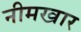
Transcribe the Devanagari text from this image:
नीमखार